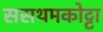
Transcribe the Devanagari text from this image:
ससथमकोट्टा